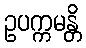
ဥပက္ကမန္တိ